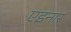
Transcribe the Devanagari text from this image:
एइनार